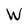
Character: w